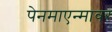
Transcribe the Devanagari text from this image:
पेनमाएन्मावर